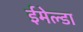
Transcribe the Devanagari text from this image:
ईमेल्डा